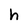
Character: h